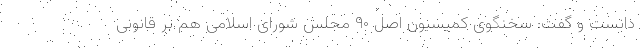
دانست و گفت:‌ سخنگوی کمیسیون اصل ۹۰ مجلس شورای اسلامی هم بر قانونی